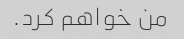
من خواهم کرد.